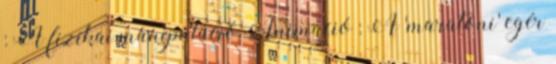
: A fizikai manipuláció Animáció : A 'maratoni' egér